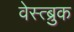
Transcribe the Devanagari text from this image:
वेस्त्ब्रुक